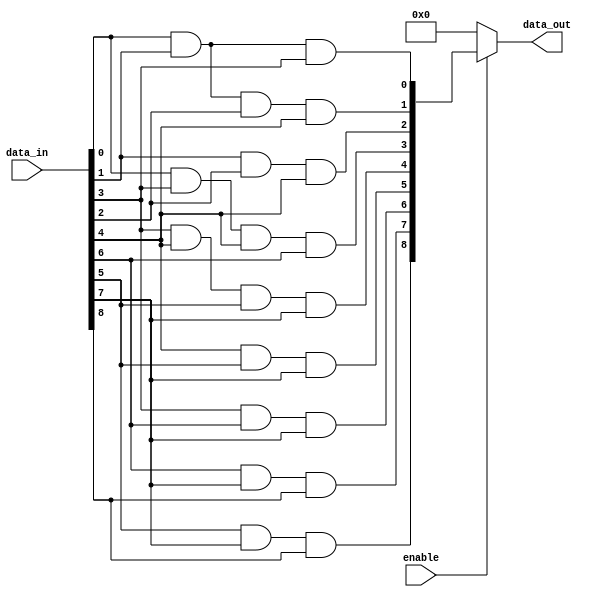
module adjacency_groups (
    input wire [8:0] data_in, // 3x3 grid inputs (9 bits)
    input wire enable,         // Control signal to enable processing
    output reg [8:0] data_out  // Output signals based on adjacency processing
);

    // Internal signals for adjacency logic
    wire [8:0] adj_and; // AND operation results
    wire [8:0] adj_or;  // OR operation results

    // Combinational logic for adjacency processing
    always @(*) begin
        if (enable) begin
            // Initialize outputs
            data_out = 9'b0;

            // Perform AND operation on adjacent signals
            adj_and[0] = data_in[0] & data_in[1] & data_in[3]; // Top-left
            adj_and[1] = data_in[0] & data_in[1] & data_in[2] & data_in[4]; // Top
            adj_and[2] = data_in[1] & data_in[2] & data_in[4]; // Top-right
            adj_and[3] = data_in[0] & data_in[3] & data_in[4] & data_in[6]; // Left
            adj_and[4] = data_in[3] & data_in[4] & data_in[5] & data_in[7]; // Center
            adj_and[5] = data_in[4] & data_in[5] & data_in[7]; // Right
            adj_and[6] = data_in[3] & data_in[6] & data_in[7]; // Bottom-left
            adj_and[7] = data_in[6] & data_in[7] & data_in[8]; // Bottom
            adj_and[8] = data_in[5] & data_in[7] & data_in[8]; // Bottom-right

            // Perform OR operation on adjacent signals
            adj_or[0] = data_in[0] | data_in[1] | data_in[3]; // Top-left
            adj_or[1] = data_in[0] | data_in[1] | data_in[2] | data_in[4]; // Top
            adj_or[2] = data_in[1] | data_in[2] | data_in[4]; // Top-right
            adj_or[3] = data_in[0] | data_in[3] | data_in[4] | data_in[6]; // Left
            adj_or[4] = data_in[3] | data_in[4] | data_in[5] | data_in[7]; // Center
            adj_or[5] = data_in[4] | data_in[5] | data_in[7]; // Right
            adj_or[6] = data_in[3] | data_in[6] | data_in[7]; // Bottom-left
            adj_or[7] = data_in[6] | data_in[7] | data_in[8]; // Bottom
            adj_or[8] = data_in[5] | data_in[7] | data_in[8]; // Bottom-right

            // Combine results (for example, output the AND results)
            data_out = adj_and; // Change to adj_or if OR results are desired
        end else begin
            data_out = 9'b0; // Output zero if not enabled
        end
    end

endmodule